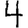
Digit: 4